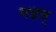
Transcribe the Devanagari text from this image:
गडत्